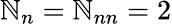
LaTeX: \mathbb{N}_{n}=\mathbb{N}_{nn}=2